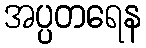
အပ္ပတရေန